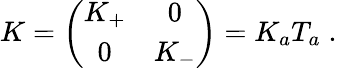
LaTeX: K=\left(\begin{array}{cc}{{K_{+}}}&{{0}}\\ {{0}}&{{K_{-}}}\end{array}\right)=K_{a}T_{a}\; .